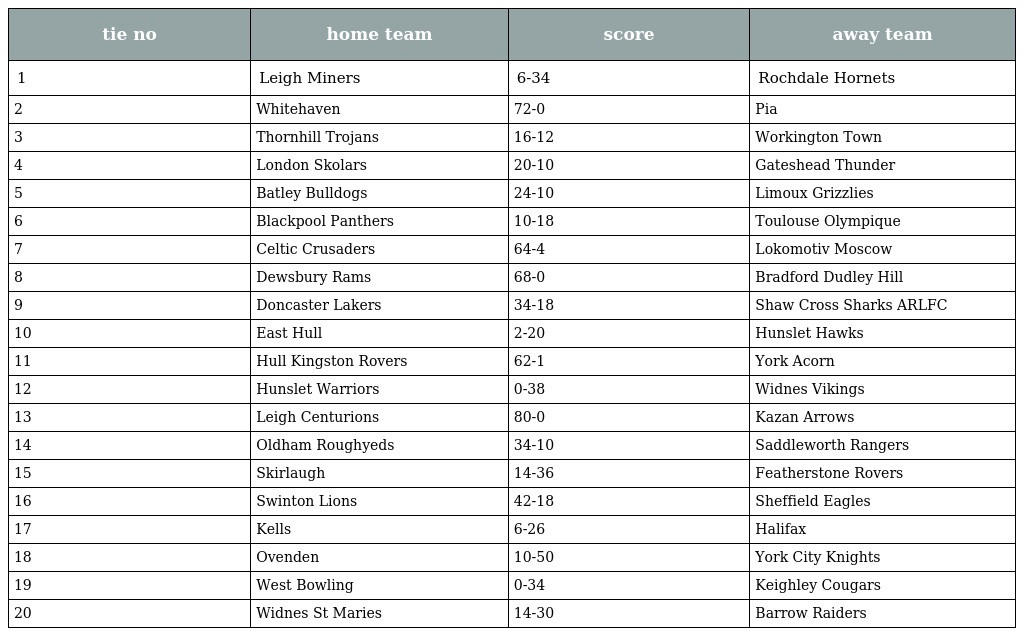
| tie no | home team | score | away team |
 | --- | --- | --- | --- |
 | 1 | Leigh Miners | 6-34 | Rochdale Hornets |
 | 2 | Whitehaven | 72-0 | Pia |
 | 3 | Thornhill Trojans | 16-12 | Workington Town |
 | 4 | London Skolars | 20-10 | Gateshead Thunder |
 | 5 | Batley Bulldogs | 24-10 | Limoux Grizzlies |
 | 6 | Blackpool Panthers | 10-18 | Toulouse Olympique |
 | 7 | Celtic Crusaders | 64-4 | Lokomotiv Moscow |
 | 8 | Dewsbury Rams | 68-0 | Bradford Dudley Hill |
 | 9 | Doncaster Lakers | 34-18 | Shaw Cross Sharks ARLFC |
 | 10 | East Hull | 2-20 | Hunslet Hawks |
 | 11 | Hull Kingston Rovers | 62-1 | York Acorn |
 | 12 | Hunslet Warriors | 0-38 | Widnes Vikings |
 | 13 | Leigh Centurions | 80-0 | Kazan Arrows |
 | 14 | Oldham Roughyeds | 34-10 | Saddleworth Rangers |
 | 15 | Skirlaugh | 14-36 | Featherstone Rovers |
 | 16 | Swinton Lions | 42-18 | Sheffield Eagles |
 | 17 | Kells | 6-26 | Halifax |
 | 18 | Ovenden | 10-50 | York City Knights |
 | 19 | West Bowling | 0-34 | Keighley Cougars |
 | 20 | Widnes St Maries | 14-30 | Barrow Raiders |